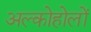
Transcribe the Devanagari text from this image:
अल्कोहोलों